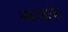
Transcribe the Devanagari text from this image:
नाट्यछंद